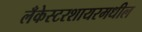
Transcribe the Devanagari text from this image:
लँकेस्टरशायरमधील